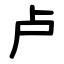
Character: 卢